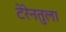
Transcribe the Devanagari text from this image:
टेरेनतुला